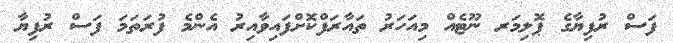
ފަސް ރުފިޔާގެ ޕޮލިމަރ ނޫޓެއް މިއަހަރު ތައާރަފްކޮށްފައިވާއިރު އެންމެ ފުރަތަމަ ފަސް ރުފިޔާ